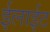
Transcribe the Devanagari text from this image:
ईलाईट